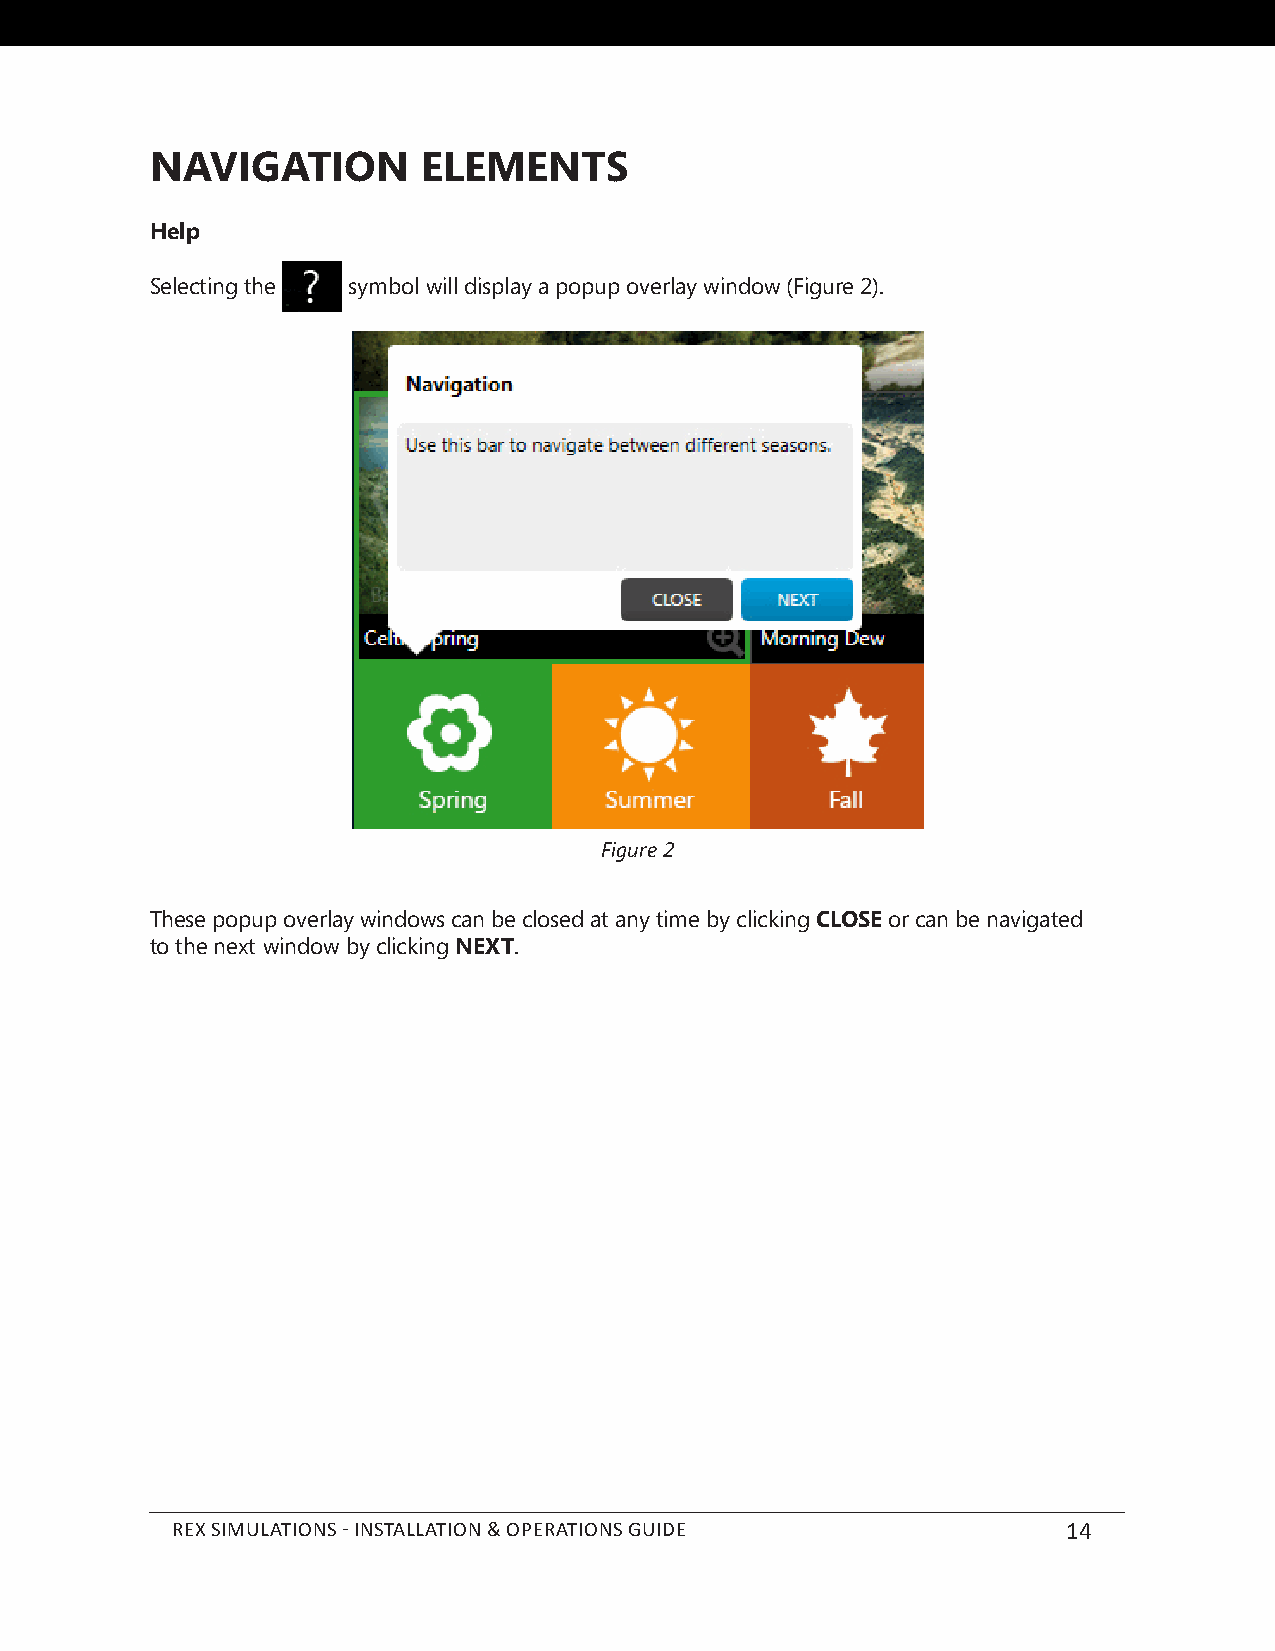
NAVIGATION        ELEMENTS
 Help
 Selecting the symbol will display a popup overlay window (Figure 2).
 Figure 2
 These popup overlay windows can be closed at any time by clicking CLOSE or can be navigated
 to the next window by clicking NEXT.
 REX SIMULATIONS - INSTALLATION & OPERATIONS GUIDE           14